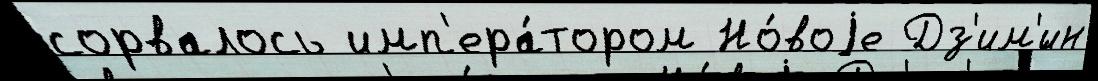
сорвалось имп'ера́тором Но́воjе Дз'им'́ин